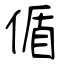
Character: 偱